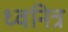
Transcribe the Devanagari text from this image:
ध्वनित्र